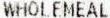
WHOLEMEAL